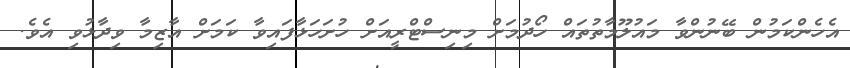
އެހެންކަމުން ބޭނުންވާ މައުލޫމާތުތައް ހޯދުމަށް މިނިސްޓްރީއަށް ހުށަހަޅާފައިވާ ކަމަށް އާޒިމާ ވިދާޅުވި އެވެ.